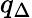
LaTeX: q_{\Delta}